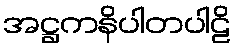
အဋ္ဌကနိပါတပါဠိ